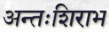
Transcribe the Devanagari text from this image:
अन्तःशिराभ